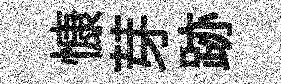
慷芽跡